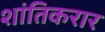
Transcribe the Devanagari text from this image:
शांतिकरार